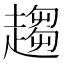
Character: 趨